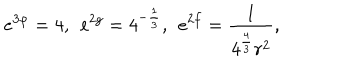
LaTeX: e ^ { 3 \varphi } = 4 , \: \: e ^ { 2 g } = 4 ^ { - \frac { 1 } { 3 } } , \: \: e ^ { 2 f } = \frac { 1 } { 4 ^ { \frac { 4 } { 3 } } r ^ { 2 } } ,